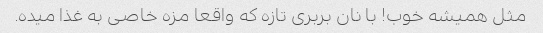
مثل همیشه خوب! با نان بربری تازه که واقعا مزه خاصی به غذا میده.